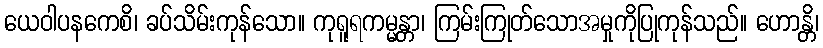
ယေဝါပနကေစိ၊ ခပ်သိမ်းကုန်သော။ ကုရူရကမ္မန္တာ၊ ကြမ်းကြုတ်သောအမှုကိုပြုကုန်သည်။ ဟောန္တိ၊